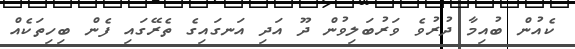
ކެއުން ބުއިމާ ދުރުވެ ވަރުބަލިވުން ދޫ އަދި އަނގައިގެ ތެރޭގައި ފެން ބިހިތަކެއް